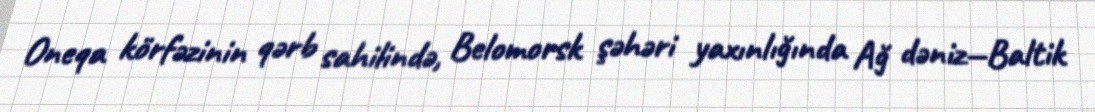
Oneqa körfəzinin qərb sahilində, Belomorsk şəhəri yaxınlığında Ağ dəniz—Baltik